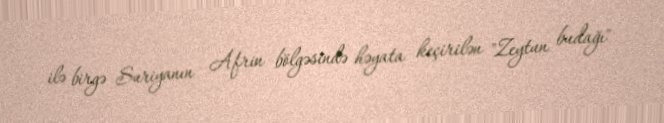
ilə birgə Suriyanın Afrin bölgəsində həyata keçirilən "Zeytun budağı"